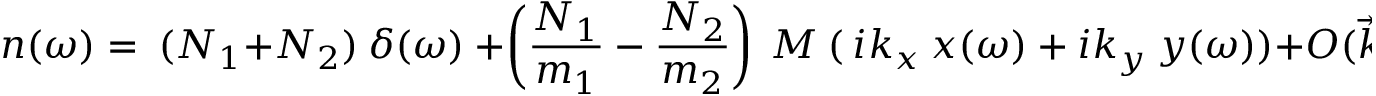
n ( \omega ) = ~ ( N _ { 1 } + N _ { 2 } ) ~ \delta ( \omega ) ~ + \left( \frac { N _ { 1 } } { m _ { 1 } } - \frac { N _ { 2 } } { m _ { 2 } } \right) ~ M ~ ( ~ i k _ { x } ~ x ( \omega ) ~ + ~ i k _ { y } ~ y ( \omega ) ) + O ( \vec { k } , \vec { r } ) ^ { 2 }